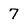
Character: 7